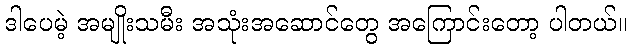
ဒါပေမဲ့ အမျိုးသမီး အသုံးအဆောင်တွေ အကြောင်းတော့ ပါတယ်။